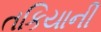
તકિયાની